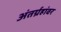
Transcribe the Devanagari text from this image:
अंतर्ग्रहांवर